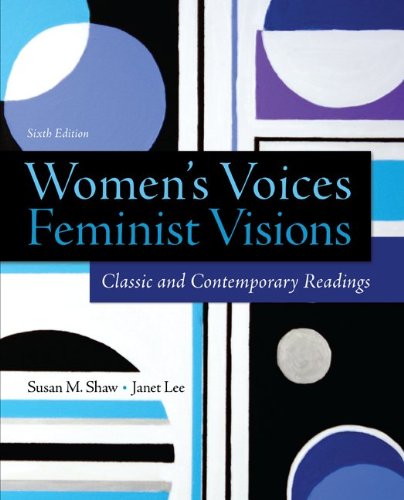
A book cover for Women's Voices, Feminist Visions: Classic and Contemporary Readings; Susan Shaw; Politics & Social Sciences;